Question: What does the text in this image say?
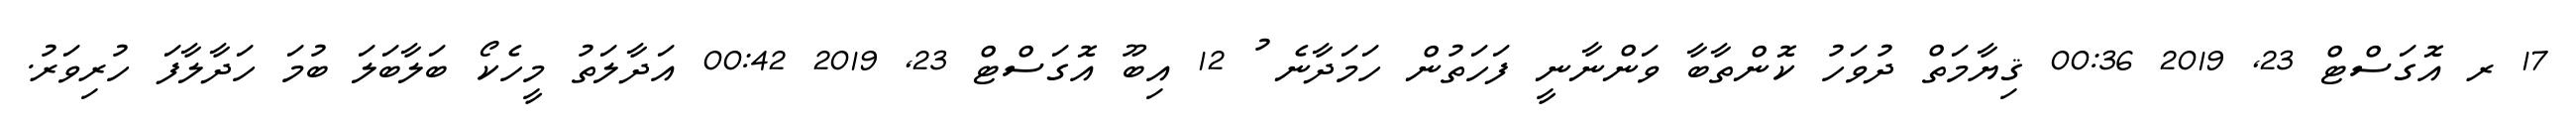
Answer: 17 ރ އޮގަސްޓް 23, 2019 00:36 ޤިޔާމަތް ދުވަހު ކޮންތާބާ ވަންނާނީ ފަހަތުން ހަމަދާނެ ު 12 އިބޫ އޮގަސްޓް 23, 2019 00:42 އަދާލަތު މީހެކޯ ބަލާބަލަ ބުމަ ހަދާލާފަ ހުރިވަރު.